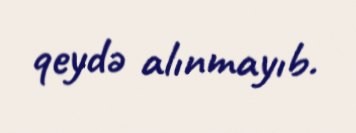
qeydə alınmayıb.